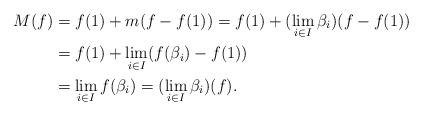
\begin{align*}M(f) &= f(1) + m(f - f(1)) = f(1) + (\lim \limits_{i \in I} \beta_i) (f - f(1))\\& = f(1) + \lim \limits_{i \in I} (f(\beta_i) - f(1))\\& = \lim \limits_{i \in I} f(\beta_i) = (\lim \limits_{i \in I} \beta_i) (f).\end{align*}